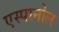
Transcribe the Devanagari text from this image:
एस्‍पानोल